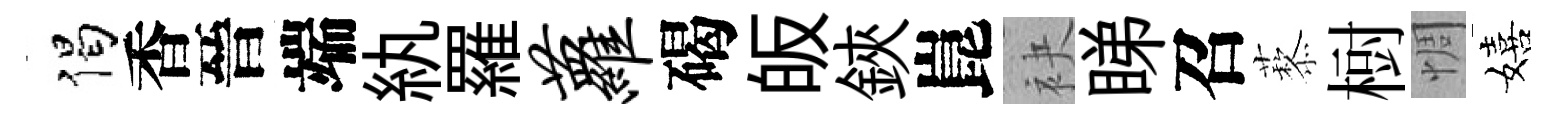
偈香晉端紈羅萝碣皈鋏崑袂睇召藜𣗳惆嬉